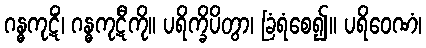
ဂန္ဓကုဋိံ၊ ဂန္ဓကုဋီကို။ ပရိက္ခိပိတွာ၊ ခြံရံစေ၍။ ပရိဝေဏံ၊